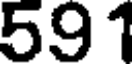
591